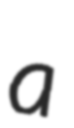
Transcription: a